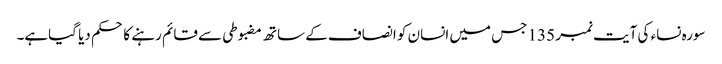
سورہ نساء کی آیت نمبر 135 جس میں انسان کو انصاف کے ساتھ مضبوطی سے قائم رہنے کا حکم دیا گیاہے۔